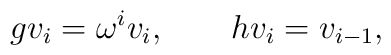
gv_i =\omega ^i v_i ,~~~~~~hv_i =v_{i-1},